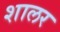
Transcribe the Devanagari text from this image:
शालर